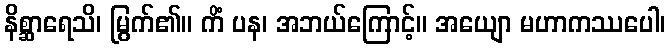
နိစ္ဆာရေသိ၊ မြွက်၏။ ကိံ ပန၊ အဘယ်ကြောင့်။ အယျော မဟာကဿပေါ၊